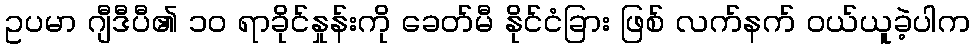
ဥပမာ ဂျီဒီပီ၏ ၁၀ ရာခိုင်နှုန်းကို ခေတ်မီ နိုင်ငံခြား ဖြစ် လက်နက် ဝယ်ယူခဲ့ပါက